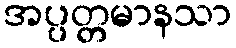
အပ္ပတ္တမာနသာ